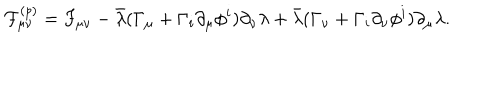
LaTeX: { \cal F } _ { \mu \nu } ^ { ( p ) } = F _ { \mu \nu } - \bar { \lambda } ( \Gamma _ { \mu } + \Gamma _ { i } \partial _ { \mu } \phi ^ { i } ) \partial _ { \nu } \lambda + \bar { \lambda } ( \Gamma _ { \nu } + \Gamma _ { i } \partial _ { \nu } \phi ^ { i } ) \partial _ { \mu } \lambda .